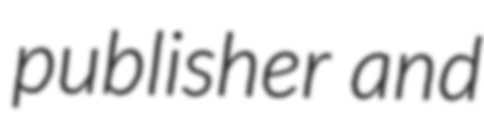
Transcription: publisher and